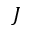
J